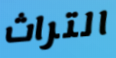
التراث